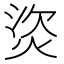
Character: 𤈾